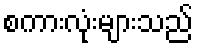
စကားလုံးများသည်